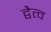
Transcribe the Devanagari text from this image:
द्वैत्व